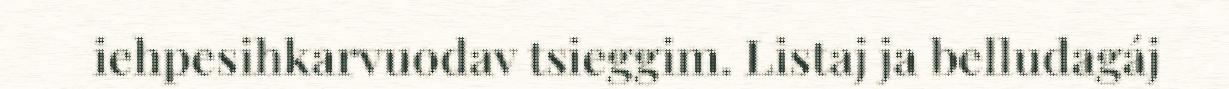
iehpesihkarvuodav tsieggim. Listaj ja belludagáj